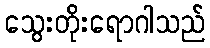
သွေးတိုးရောဂါသည်